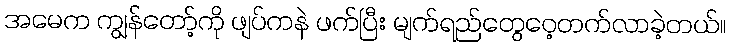
အမေက ကျွန်တော့်ကို ဖျပ်ကနဲ ဖက်ပြီး မျက်ရည်တွေဝေ့တက်လာခဲ့တယ်။